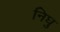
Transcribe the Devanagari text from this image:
निघु